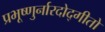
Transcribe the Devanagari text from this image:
प्रभूष्णुर्नारदोद्गीतो